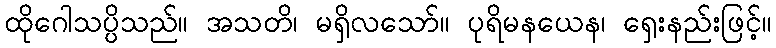
ထိုဂေါသပ္ပိသည်။ အသတိ၊ မရှိလသော်။ ပုရိမနယေန၊ ရှေးနည်းဖြင့်။